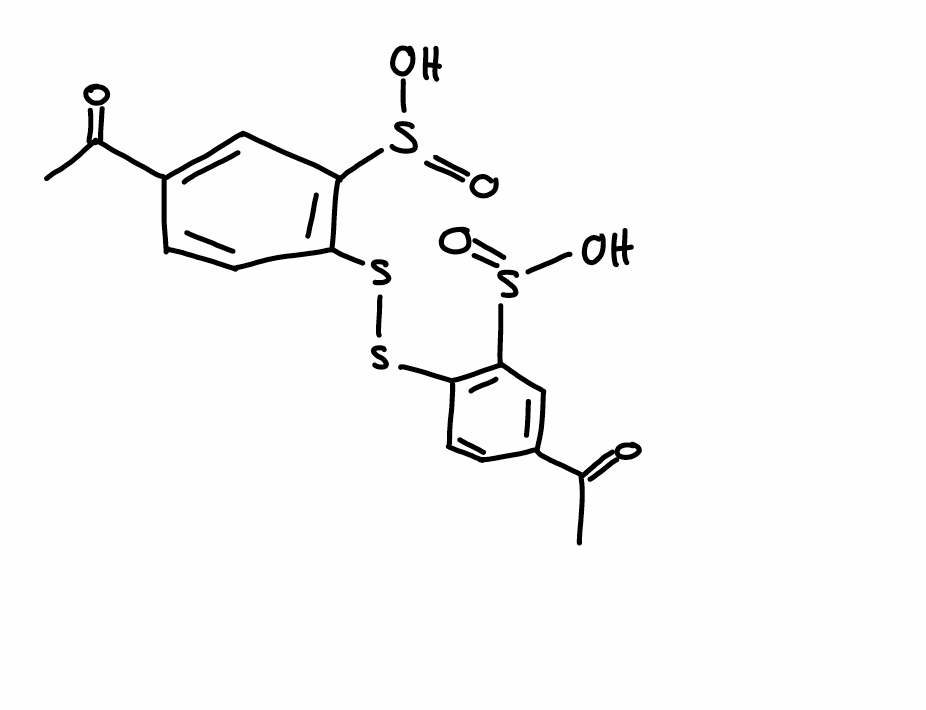
Simplified molecular-input line-entry system (SMILES) notation of the given molecule:
CC(=O)C1=CC(=C(C=C1)SSC2=C(C=C(C=C2)C(=O)C)S(=O)O)S(=O)O